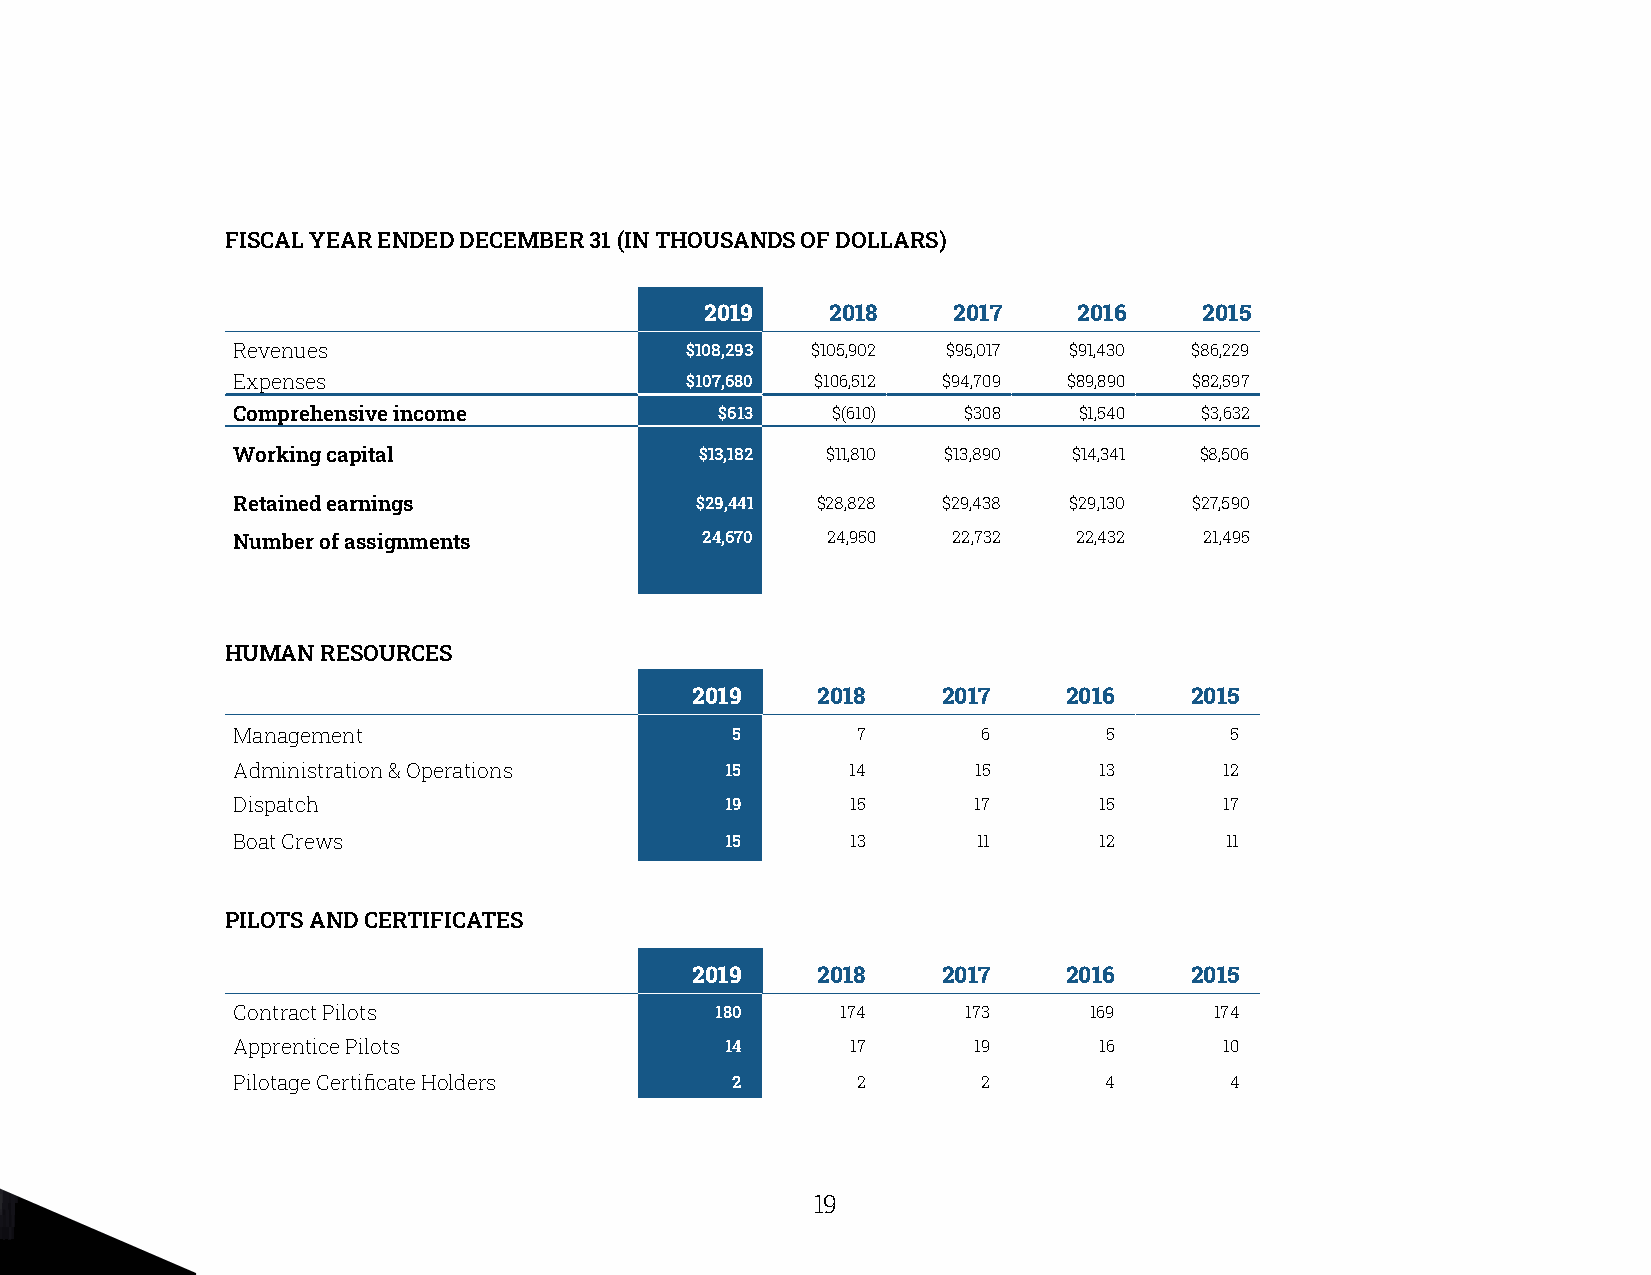
FISCAL YEAR ENDED DECEMBER 31 (IN THOUSANDS OF DOLLARS)
 2019    2018    2017    2016     2015
 Revenues                      $108,293 $105,902 $95,017 $91,430 $86,229
 Expenses                      $107,680 $106,512 $94,709 $89,890 $82,597
 Comprehensive income             $613   $(610)   $308   $1,540  $3,632
 Working capital                $13,182  $11,810 $13,890 $14,341 $8,506
 Retained earnings              $29,441 $28,828 $29,438  $29,130 $27,590
 Number of assignments          24,670   24,950  22,732  22,432   21,495
 HUMAN RESOURCES
 2019    2018    2017     2016    2015
 Management                       5        7       6       5       5
 Administration & Operations      15      14      15       13      12
 Dispatch                         19      15      17       15      17
 Boat Crews                       15      13       11      12      11
 PILOTS AND CERTIFICATES
 2019    2018    2017     2016    2015
 Contract Pilots                 180      174     173     169     174
 Apprentice Pilots                14      17      19       16      10
 Pilotage Certificate Holders     2        2       2       4       4
 19